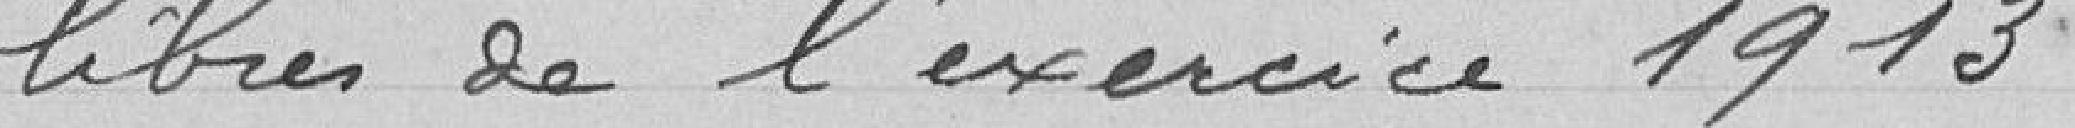
libres de l'exercice 1913.